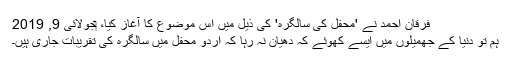
فرقان احمد نے 'محفل کی سالگرہ' کی ذیل میں اس موضوع کا آغاز کیا، ‏جولائی 9, 2019
ہم تو دنیا کے جھمیلوں میں ایسے کھوئے کہ دھیان نہ رہا کہ اردو محفل میں سالگرہ کی تقریبات جاری ہیں۔